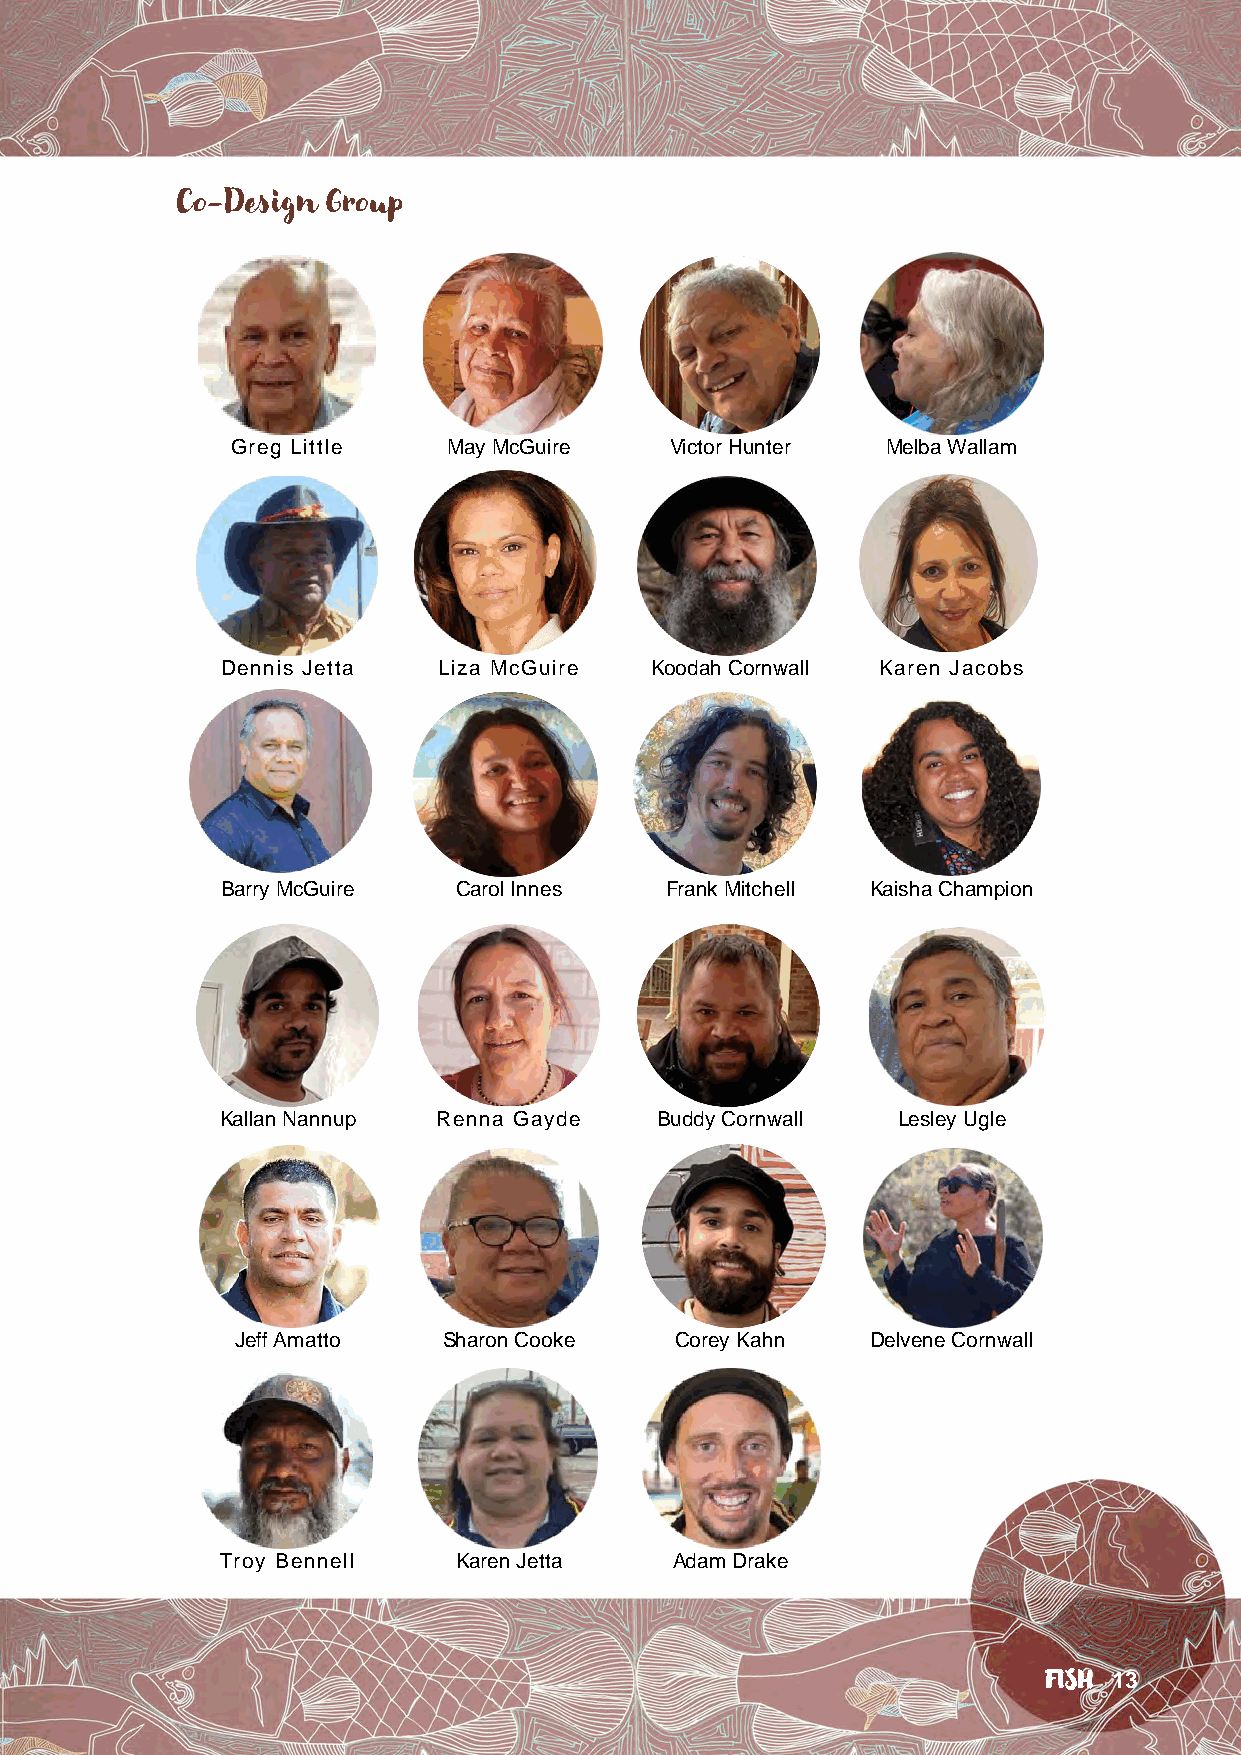
Co-Design Group
 Greg Little    May McGuire   Victor Hunter  Melba Wallam
 Dennis Jetta  Liza McGuire  Koodah Cornwall Karen Jacobs
 Barry McGuire  Carol Innes   Frank Mitchell Kaisha Champion
 Kallan Nannup Renna Gayde    Buddy Cornwall  Lesley Ugle
 Jeff Amatto  Sharon Cooke    Corey Kahn   Delvene Cornwall
 Troy Bennell   Karen Jetta    Adam Drake
 FISH 13